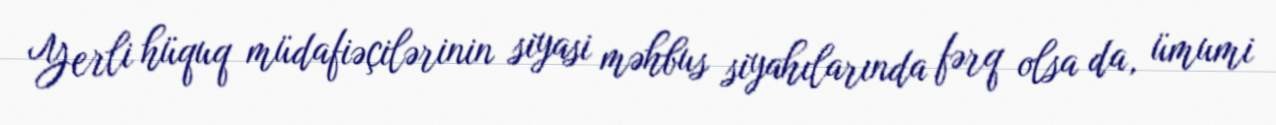
Yerli hüquq müdafiəçilərinin siyasi məhbus siyahılarında fərq olsa da, ümumi